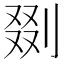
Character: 剟